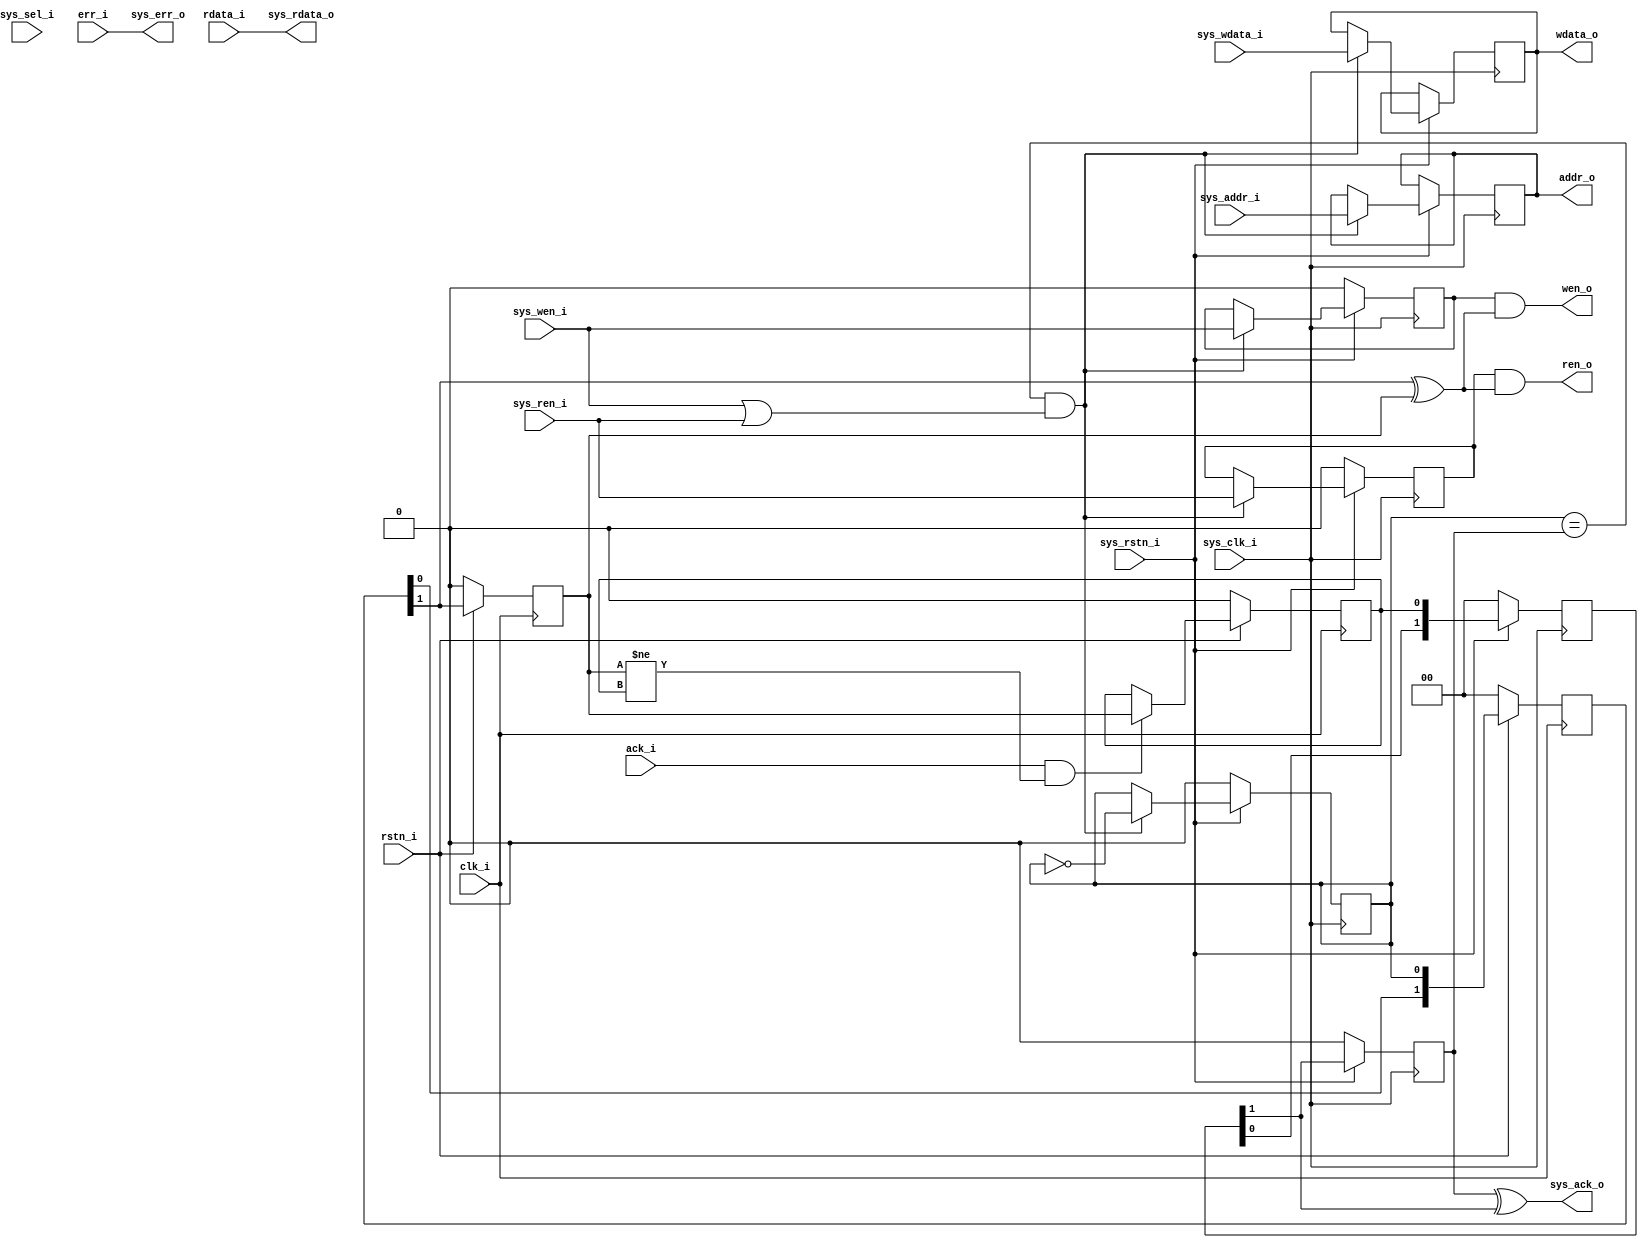
/**
 * $Id: bus_clk_bridge.v 961 2014-01-21 11:40:39Z matej.oblak $
 *
 * @brief Red Pitaya system bus clock crossing bridge.
 *
 * @Author Matej Oblak
 *
 * (c) Red Pitaya  http://www.redpitaya.com
 *
 * This part of code is written in Verilog hardware description language (HDL).
 * Please visit http://en.wikipedia.org/wiki/Verilog
 * for more details on the language used herein.
 */



/**
 * GENERAL DESCRIPTION:
 *
 * Clock domain bridge for system bus.
 *
 *
 *                  /------\
 *   SYSTEM         |      |         PROCESSING
 *   BUS    <-----> | SYNC | <----->    BUS
 *                  |      |
 *                  \------/
 *
 *
 * System bus runs on one clock domain while processing runs on separate. To 
 * simplify transition of writing and reading data this bridge was created.
 * 
 */




module bus_clk_bridge
(
   // system bus
   input                 sys_clk_i     ,  //!< bus clock
   input                 sys_rstn_i    ,  //!< bus reset - active low
   input      [ 32-1: 0] sys_addr_i    ,  //!< bus address
   input      [ 32-1: 0] sys_wdata_i   ,  //!< bus write data
   input      [  4-1: 0] sys_sel_i     ,  //!< bus write byte select
   input                 sys_wen_i     ,  //!< bus write enable
   input                 sys_ren_i     ,  //!< bus read enable
   output     [ 32-1: 0] sys_rdata_o   ,  //!< bus read data
   output                sys_err_o     ,  //!< bus error indicator
   output                sys_ack_o     ,  //!< bus acknowledge signal


   // Destination bus
   input                 clk_i         ,  //!< clock
   input                 rstn_i        ,  //!< reset - active low
   output reg [ 32-1: 0] addr_o        ,  //!< address
   output reg [ 32-1: 0] wdata_o       ,  //!< write data
   output                wen_o         ,  //!< write enable
   output                ren_o         ,  //!< read enable
   input      [ 32-1: 0] rdata_i       ,  //!< read data
   input                 err_i         ,  //!< error indicator
   input                 ack_i            //!< acknowledge signal
);



//---------------------------------------------------------------------------------
//  Synchronize signals between clock domains

reg            sys_rd    ;
reg            sys_wr    ;
reg            sys_do    ;
reg  [ 2-1: 0] sys_sync  ;
reg            sys_done  ;
reg            dst_do    ;
reg  [ 2-1: 0] dst_sync  ;
reg            dst_done  ;

always @(posedge sys_clk_i) begin
   if (sys_rstn_i == 1'b0) begin
      sys_rd   <= 1'b0 ;
      sys_wr   <= 1'b0 ;
      sys_do   <= 1'b0 ;
      sys_sync <= 2'h0 ;
      sys_done <= 1'b0 ;
   end 
   else begin

      if ((sys_do == sys_done) && (sys_wen_i || sys_ren_i)) begin
         addr_o  <= sys_addr_i    ;
         wdata_o <= sys_wdata_i   ;
         sys_rd  <= sys_ren_i     ;
         sys_wr  <= sys_wen_i     ;
         sys_do  <= !sys_do       ;
      end

      sys_sync <= {sys_sync[0], dst_done};
      sys_done <= sys_sync[1];
   end
end


always @(posedge clk_i) begin
   if (rstn_i == 1'b0) begin
      dst_do    <= 1'b0 ;
      dst_sync  <= 2'h0 ;
      dst_done  <= 1'b0 ;
   end
   else begin
      dst_sync <= {dst_sync[0], sys_do};
      dst_do   <= dst_sync[1];

      if (ack_i && (dst_do != dst_done))
         dst_done <= dst_do;
   end
end

assign ren_o = sys_rd && (dst_sync[1]^dst_do);
assign wen_o = sys_wr && (dst_sync[1]^dst_do);


assign sys_rdata_o = rdata_i                ;
assign sys_err_o   = err_i                  ;
assign sys_ack_o   = sys_done ^ sys_sync[1] ;



endmodule